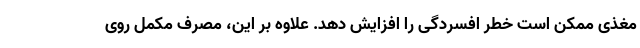
مغذی ممکن است خطر افسردگی را افزایش دهد. علاوه بر این، مصرف مکمل روی